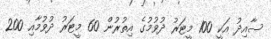
ސާއިދު އަކީ 100 މީޓަރު ދުވުމުގެ އިތުރުން 60 މީޓަރު ދުވުމާއި 200